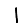
Digit: 1